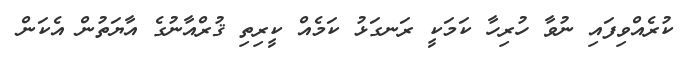
ކުރެއްވިފައި ނުވާ ހުރިހާ ކަމަކީ ރަނގަޅު ކަމެއް ކީރިތި ޤުރްއާނުގެ އާޔަތުން އެކަން